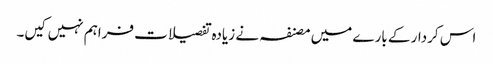
اس کردار کے بارے میں مصنفہ نے زیادہ تفصیلات فراہم نہیں کیں۔